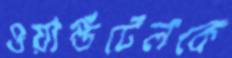
ওয়ার্ল্ডটেলকে